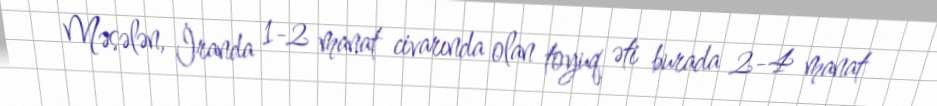
Məsələn, İranda 1-2 manat civarında olan toyuq əti burada 2-4 manat